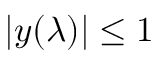
| y ( \lambda ) | \le 1